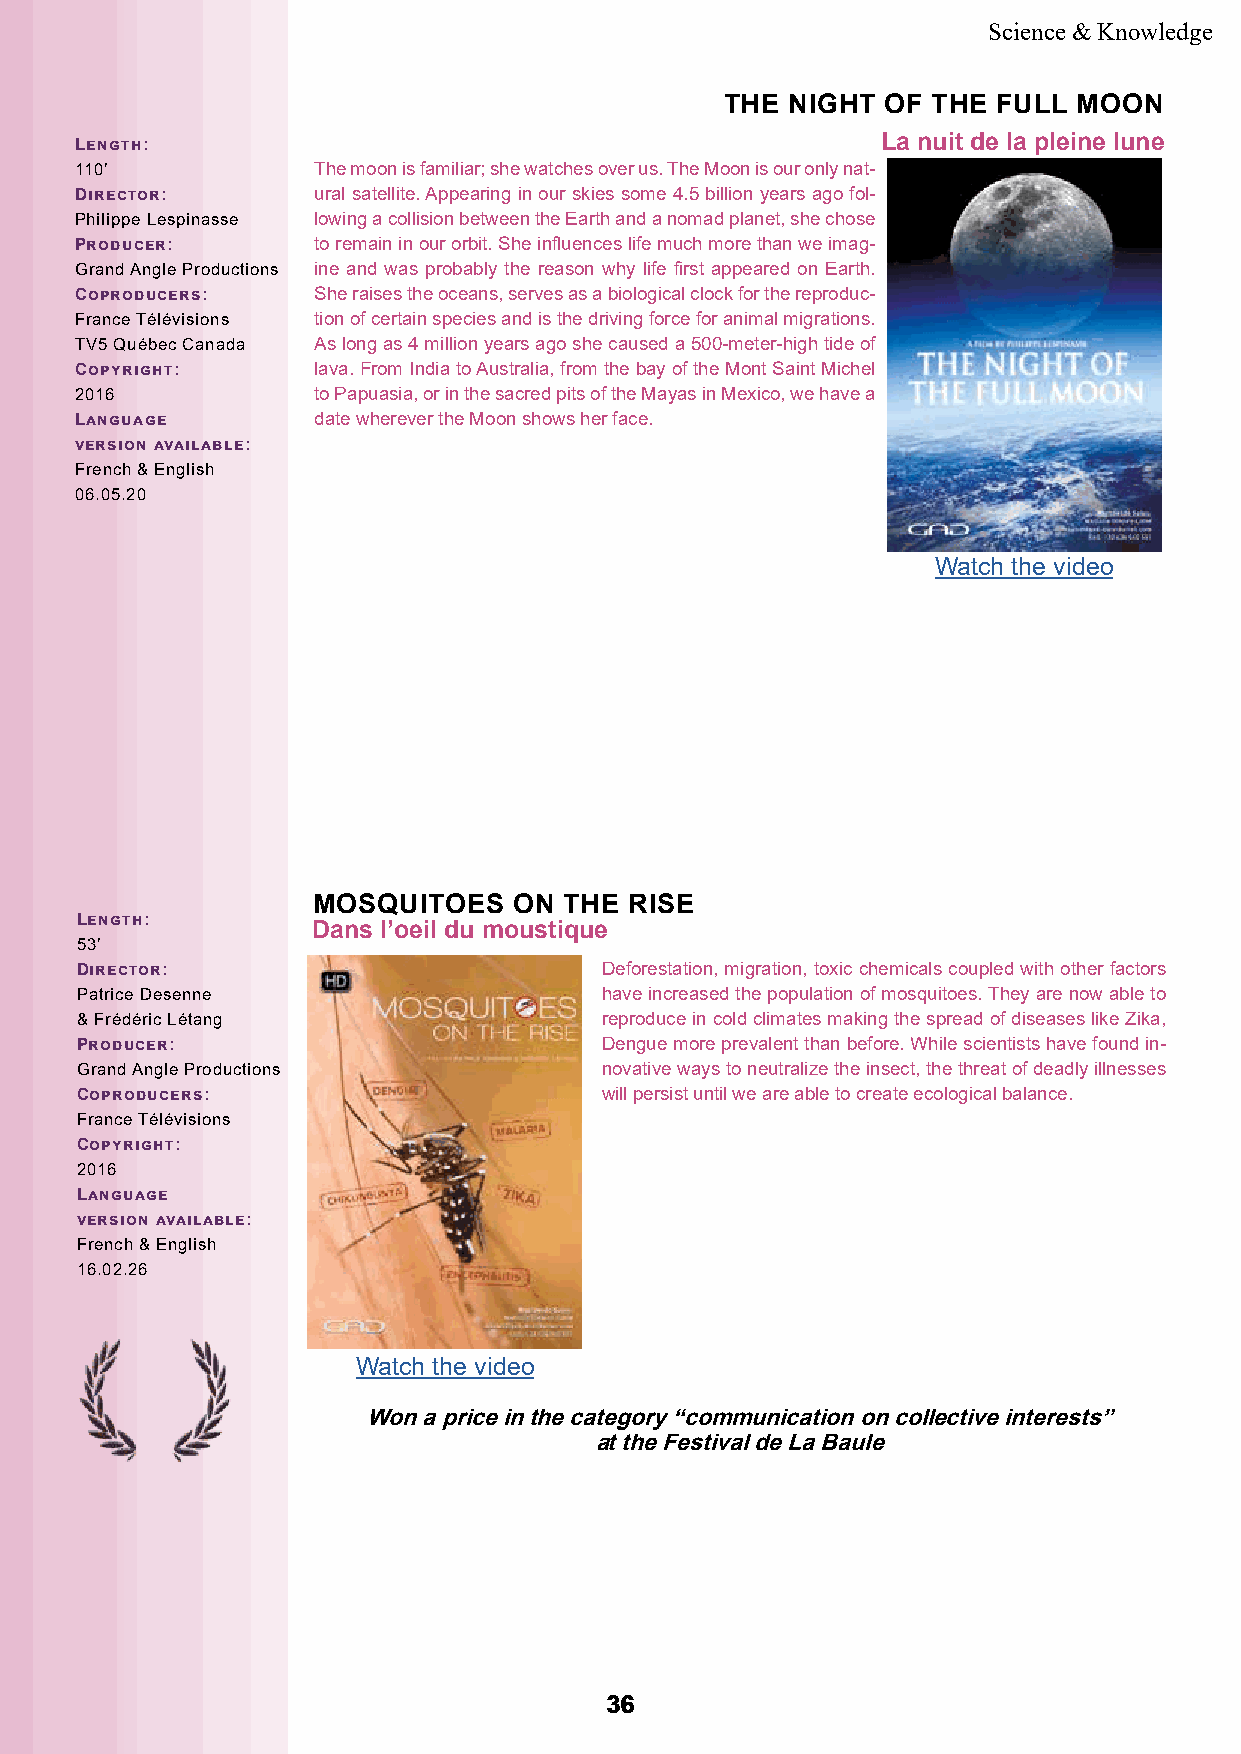
Science & Knowledge
 THE NIGHT  OF THE FULL MOON
 Length:                                              La nuit de la pleine lune
 110’            The moon is familiar; she watches over us. The Moon is our only nat-
 Director:       ural satellite. Appearing in our skies some 4.5 billion years ago fol-
 Philippe Lespinasse lowing a collision between the Earth and a nomad planet, she chose
 Producer:       to remain in our orbit. She influences life much more than we imag-
 Grand Angle Productions ine and was probably the reason why life first appeared on Earth.
 Coproducers:    She raises the oceans, serves as a biological clock for the reproduc-
 France Télévisions tion of certain species and is the driving force for animal migrations.
 TV5 Québec Canada As long as 4 million years ago she caused a 500-meter-high tide of
 Copyright:      lava. From India to Australia, from the bay of the Mont Saint Michel
 2016            to Papuasia, or in the sacred pits of the Mayas in Mexico, we have a
 Language        date wherever the Moon shows her face.
 version available:
 French & English
 06.05.20
 Watch the video
 MOSQUITOES   ON THE  RISE
 Length:
 Dans l’oeil du moustique
 53’
 Director:                          Deforestation, migration, toxic chemicals coupled with other factors
 Patrice Desenne                    have increased the population of mosquitoes. They are now able to
 & Frédéric Létang                  reproduce in cold climates making the spread of diseases like Zika,
 Producer:                          Dengue more prevalent than before. While scientists have found in-
 Grand Angle Productions            novative ways to neutralize the insect, the threat of deadly illnesses
 Coproducers:                       will persist until we are able to create ecological balance.
 France Télévisions
 Copyright:
 2016
 Language
 version available:
 French & English
 16.02.26
 Watch the video
 Won a price in the category “communication on collective interests”
 at the Festival de La Baule
 3366